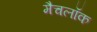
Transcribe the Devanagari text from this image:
मैचलॉक